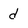
Character: d